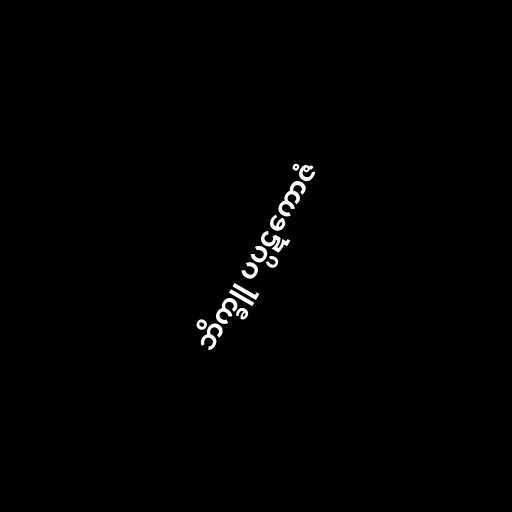
ဘိက္ခူ ပပ္ပဋကောဇံ